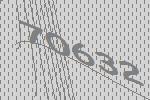
70632